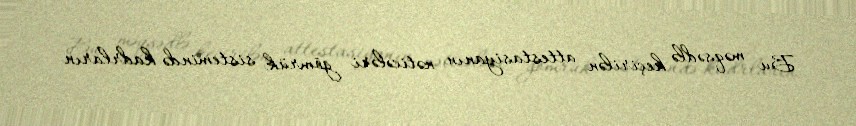
Bu məqsədlə keçirilən attestasiyanın nəticələri gömrük sistemində kadrların